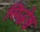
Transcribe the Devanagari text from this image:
सिद्धेश्व